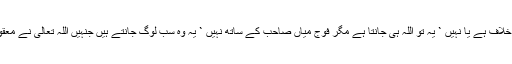
فوج میاں صاحب کے خلاف ہے یا نہیں ` یہ تو اللہ ہی جانتا ہے مگر فوج میاں صاحب کے ساتھ نہیں ` یہ وہ سب لوگ جانتے ہیں جنہیں اللہ تعالیٰ نے معقول عقل دے رکھی ہے۔